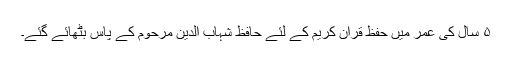
۵ سال کی عمر میں حفظ قرآن کریم کے لئے حافظ شہاب الدین مرحوم کے پاس بٹھائے گئے۔